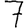
Digit: 7